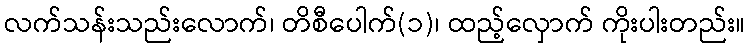
လက်သန်းသည်းလောက်၊ တိစီပေါက်(၁)၊ ထည့်လှောက် ကိုးပါးတည်း။